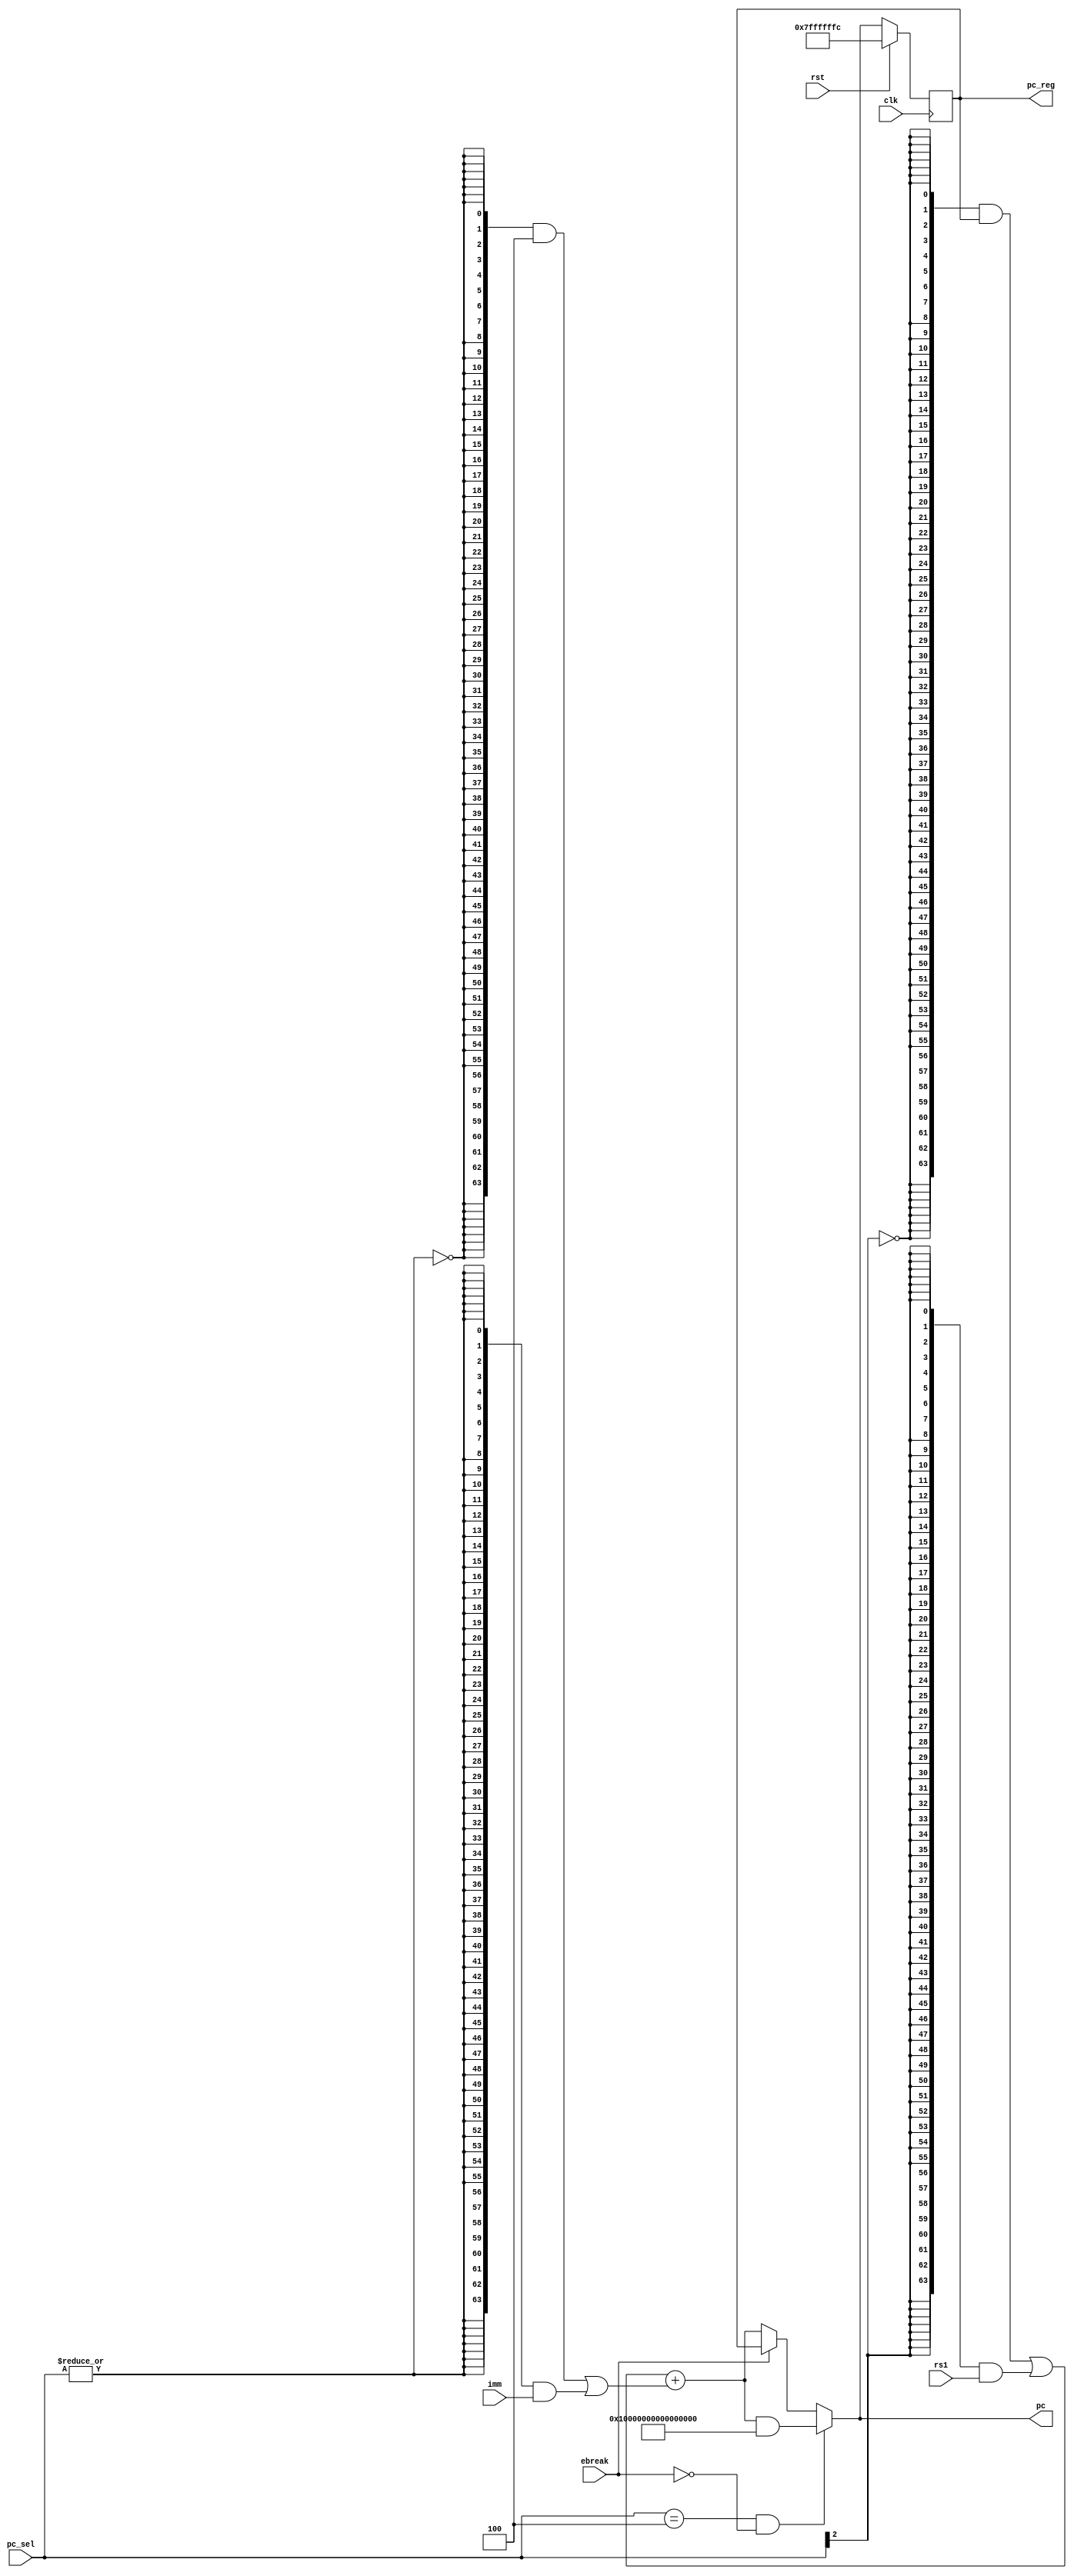
module pc_gen (
    input clk,
    input rst,
    input[2:0] pc_sel,
    input[63:0] rs1,
    input[63:0] imm,
    input ebreak,
    output[63:0] pc,
    output reg [63:0] pc_reg
);

    wire [63:0] pc_src1;
    wire [63:0] pc_src2;

    assign pc = (pc_sel == 3'b100 && ~ebreak)?((pc_src1 + pc_src2) & ~1) :
                ((~ebreak)?(pc_src1 + pc_src2):pc_reg);
    	
    always @(posedge clk) begin
    	if (rst) begin
	    pc_reg <= 64'h7ffffffc;
    	end
	    else begin
	        pc_reg <= pc;
	    end
    end
    
    //pc_sel 001 -> pc+4 , 010 -> jal, 100 -> jalr
    assign pc_src1 = ({64{~pc_sel[2]}} & pc_reg)
	           | ({64{pc_sel[2]}} & rs1);

    assign pc_src2 = ({64{~(|pc_sel)}} & 64'h4)
	           | ({64{|pc_sel}} & imm);
    
endmodule